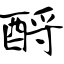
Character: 酹